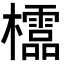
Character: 𣠄